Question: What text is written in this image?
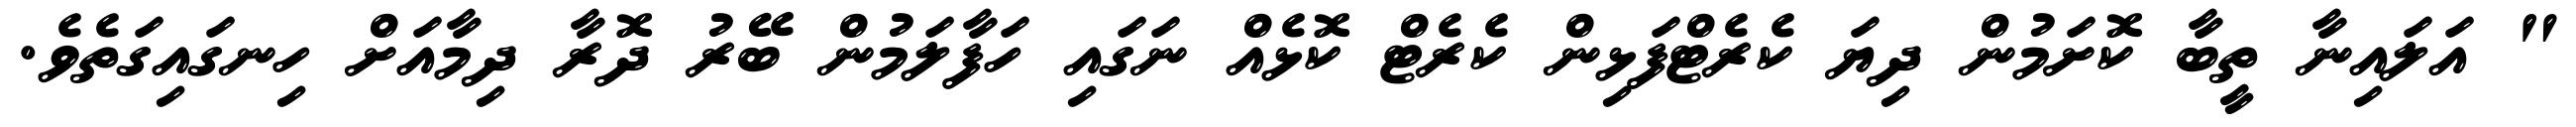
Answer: " އަލައިނާ ތީބާ ކޮށަމުން ދިޔަ ކެރެޓްފަޅިން ކެރެޓް ކޮޅެއް ނަގައި ހަފާލަމުން ބޭރު ދޮރާ ދިމާއަށް ހިނގައިގަތެވެ.